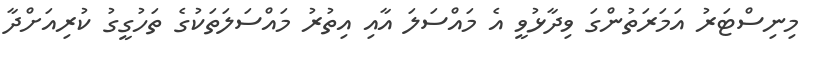
މިނިސްޓަރު އަމަރަތުންގަ ވިދާޅުވީ އެ މައްސަލަ އާއި އިތުރު މައްސަލަތަކުގެ ތަހުގީގު ކުރިއަށްދާ